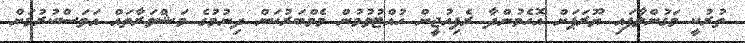
ތުރުކީ މަގުންލާފައި ޔޫރަޕަށް އޮހެމުންދާ ރެފިއުޖީން ހުއްޓުވުމުން މެމްބަރުކަން ދިނުމުގެ މަޝްވަރާތައް އަވަސްކުރުމަށް